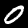
Label: 0